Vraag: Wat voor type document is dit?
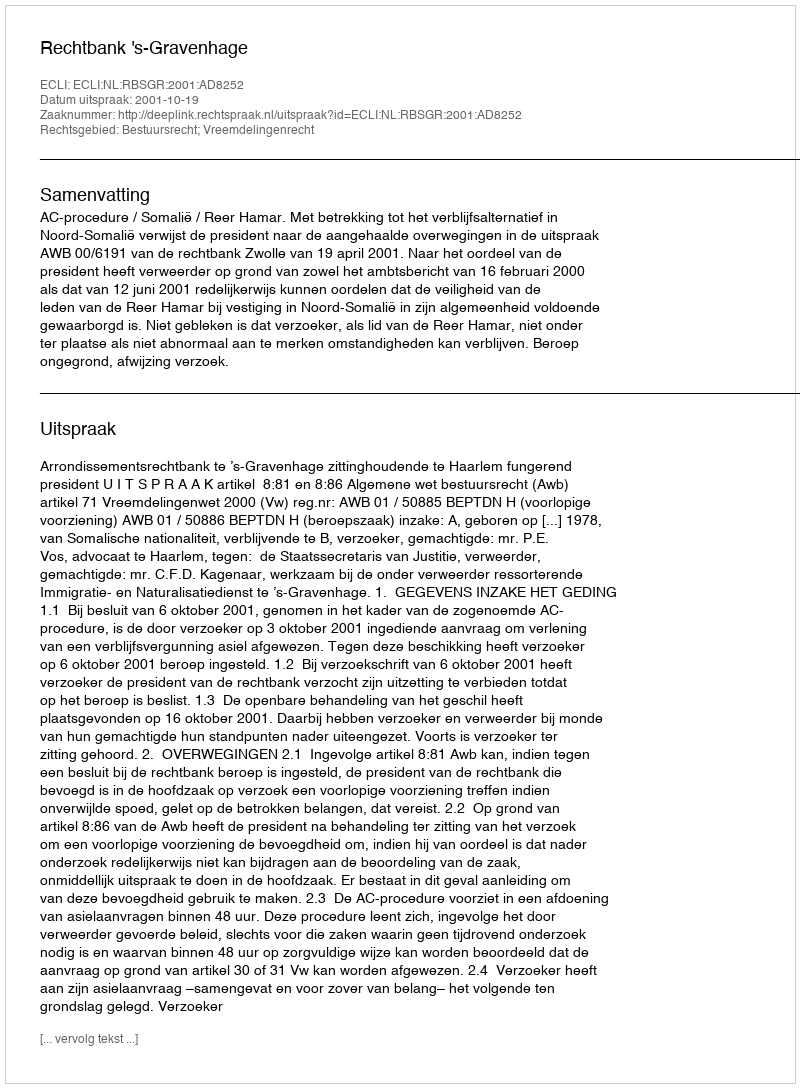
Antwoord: Uitspraak